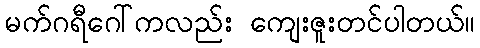
မက်ဂရီဂေါ်ကလည်း ကျေးဇူးတင်ပါတယ်။